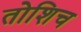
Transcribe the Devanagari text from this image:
तोशिच